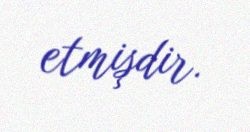
etmişdir.